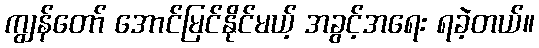
ကျွန်တော် အောင်မြင်နိုင်မယ့် အခွင့်အရေး ရခဲ့တယ်။